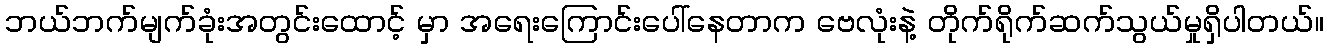
ဘယ်ဘက်မျက်ခုံးအတွင်းထောင့် မှာ အရေးကြောင်းပေါ်နေတာက ဗေလုံးနဲ့ တိုက်ရိုက်ဆက်သွယ်မှုရှိပါတယ်။